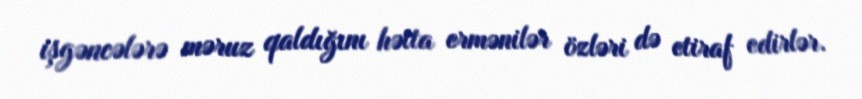
işgəncələrə məruz qaldığını hətta ermənilər özləri də etiraf edirlər.